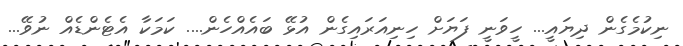
ނިކުމެގެން ދިޔައީ... ހީވަނީ ފަޔަށް ހިނިއަރައިގެން އުޅޭ ބައެއްހެން.... ކަމަކާ އެޓެންޑެއް ނުވޭ...